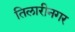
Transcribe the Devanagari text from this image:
तिलारीनगर